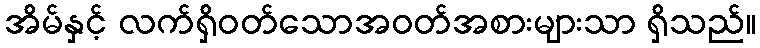
အိမ်နှင့် လက်ရှိဝတ်သောအဝတ်အစားများသာ ရှိသည်။